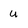
Character: u